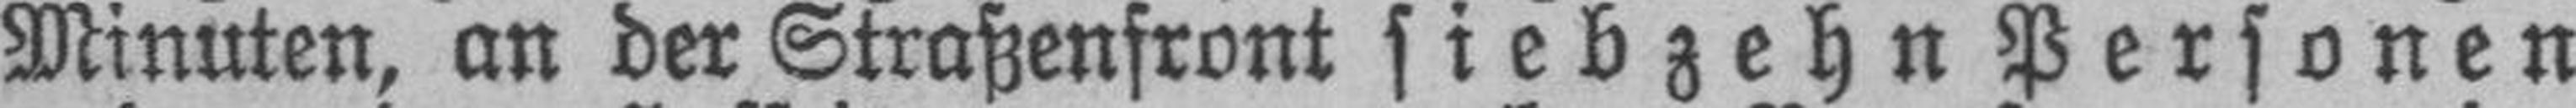
Minuten, an der Straßenfront sieb zehn Personen